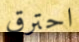
احترق